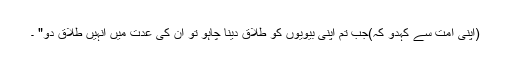
(اپنی امت سے کہدو کہ)جب تم اپنی بیویوں کو طلاق دینا چاہو تو ان کی عدت میں انہیں طلاق دو" ۔